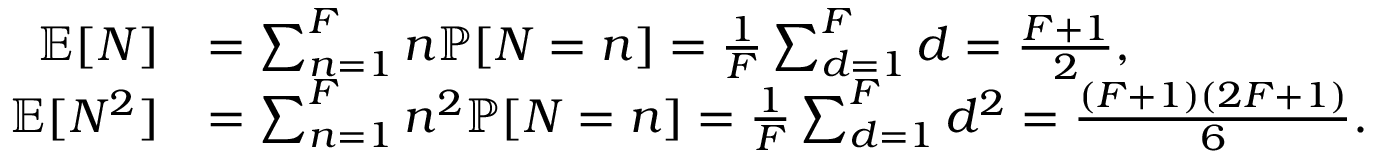
\begin{array} { r l } { \mathbb { E } [ N ] } & { = \sum _ { n = 1 } ^ { F } n \mathbb { P } [ N = n ] = \frac { 1 } { F } \sum _ { d = 1 } ^ { F } d = \frac { F + 1 } { 2 } , } \\ { \mathbb { E } [ N ^ { 2 } ] } & { = \sum _ { n = 1 } ^ { F } n ^ { 2 } \mathbb { P } [ N = n ] = \frac { 1 } { F } \sum _ { d = 1 } ^ { F } d ^ { 2 } = \frac { ( F + 1 ) ( 2 F + 1 ) } { 6 } . } \end{array}